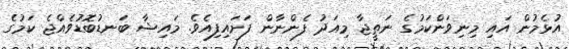
އުޅެމުން އައި މިނިވަންކަމުގެ ނަތީޖާ މިއަދު ފެންނާން ފަށައިފިއެވެ. މައިޝާ ބަނޑުބޮޑުވެއްޖެ ކަމުގެ